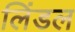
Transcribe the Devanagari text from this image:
लिंडल